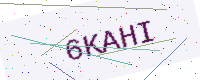
Text: 6KAHI